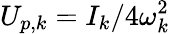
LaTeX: U_{p,k}={I}_{k}/4\omega_{k}^{2}